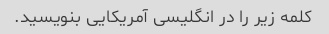
کلمه زیر را در انگلیسی آمریکایی بنویسید.